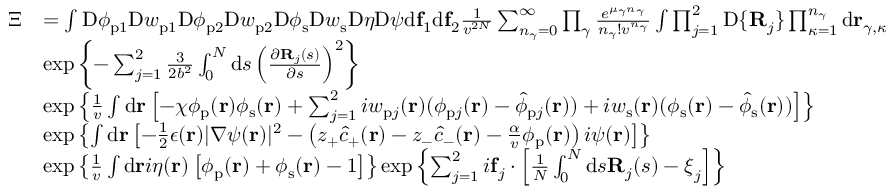
\begin{array} { r l } { \Xi } & { = \int \mathrm { D } \phi _ { \mathrm { p } 1 } \mathrm { D } w _ { \mathrm { p } 1 } \mathrm { D } \phi _ { \mathrm { p } 2 } \mathrm { D } w _ { \mathrm { p } 2 } \mathrm { D } \phi _ { \mathrm { s } } \mathrm { D } w _ { \mathrm { s } } \mathrm { D } \eta \mathrm { D } \psi \mathrm { d } \mathbf { f } _ { 1 } \mathrm { d } \mathbf { f } _ { 2 } \frac { 1 } { v ^ { 2 N } } \sum _ { n _ { \gamma } = 0 } ^ { \infty } \prod _ { \gamma } \frac { e ^ { \mu _ { \gamma } n _ { \gamma } } } { n _ { \gamma } ! v ^ { n _ { \gamma } } } \int \prod _ { j = 1 } ^ { 2 } \mathrm { D } \{ \mathbf { R } _ { j } \} \prod _ { \kappa = 1 } ^ { n _ { \gamma } } \mathrm { d } \mathbf { r } _ { \gamma , \kappa } } \\ & { \exp \left\{ - \sum _ { j = 1 } ^ { 2 } \frac { 3 } { 2 b ^ { 2 } } \int _ { 0 } ^ { N } \mathrm { d } s \left( \frac { \partial \mathbf { R } _ { j } ( s ) } { \partial s } \right) ^ { 2 } \right\} } \\ & { \exp \left\{ \frac { 1 } { v } \int \mathrm { d } { \mathbf { r } } \left[ - \chi \phi _ { \mathrm { p } } ( \mathbf { r } ) \phi _ { \mathrm { s } } ( \mathbf { r } ) + \sum _ { j = 1 } ^ { 2 } i w _ { \mathrm { p } j } ( \mathbf { r } ) ( \phi _ { \mathrm { p } j } ( \mathbf { r } ) - \hat { \phi } _ { \mathrm { p } j } ( \mathbf { r } ) ) + i w _ { \mathrm { s } } ( \mathbf { r } ) ( \phi _ { \mathrm { s } } ( \mathbf { r } ) - \hat { \phi } _ { \mathrm { s } } ( \mathbf { r } ) ) \right] \right\} } \\ & { \exp \left\{ \int \mathrm { d } \mathbf { r } \left[ - \frac { 1 } { 2 } \epsilon ( \mathbf { r } ) | \nabla \psi ( \mathbf { r } ) | ^ { 2 } - \left( z _ { + } \hat { c } _ { + } ( \mathbf { r } ) - z _ { - } \hat { c } _ { - } ( \mathbf { r } ) - \frac { \alpha } { v } { \phi } _ { \mathrm { p } } ( \mathbf { r } ) \right) i \psi ( \mathbf { r } ) \right] \right\} } \\ & { \exp \left\{ \frac { 1 } { v } \int \mathrm { d } \mathbf { r } i \eta ( \mathbf { r } ) \left[ \phi _ { \mathrm { p } } ( \mathbf { r } ) + \phi _ { \mathrm { s } } ( \mathbf { r } ) - 1 \right] \right\} \exp \left\{ \sum _ { j = 1 } ^ { 2 } i \mathbf { f } _ { j } \cdot \left[ \frac { 1 } { N } \int _ { 0 } ^ { N } \mathrm { d } s \mathbf { R } _ { j } ( s ) - \boldsymbol { \xi } _ { j } \right] \right\} } \end{array}